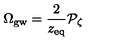
\Omega _ { \mathrm { g w } } = { \frac { 2 } { z _ { \mathrm { e q } } } } { \cal P } _ { \zeta }